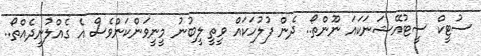
ސުޓީކް ސީޓުއޭޝަނަކައަ ނޫންތޯ.. ދެން ފުލުހަކައް ވީތީ ލީބުނު މީނީވަންކަންވެސް އެ ގެއްލުނީދެއްތޯ..